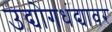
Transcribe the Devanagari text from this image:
उद्योगधंद्यावर